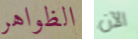
الظواهر الآن